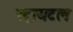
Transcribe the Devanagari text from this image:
स्ट्रायटल